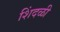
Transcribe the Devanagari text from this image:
शिंदळी